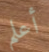
أعلم